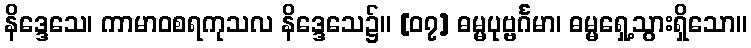
နိဒ္ဒေသေ၊ ကာမာဝစရကုသလ နိဒ္ဒေသေ၌။ [၀၇] ဓမ္မပုဗ္ဗင်္ဂမာ၊ ဓမ္မရှေ့သွားရှိသော။